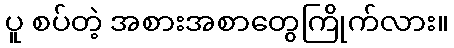
ပူ စပ်တဲ့ အစားအစာတွေကြိုက်လား။